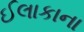
ઈલાકાના